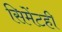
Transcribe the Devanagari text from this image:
सिमेंटही